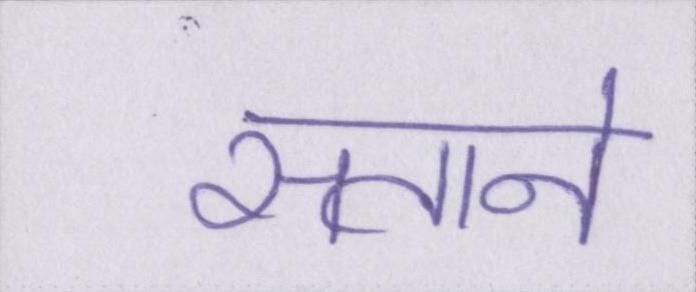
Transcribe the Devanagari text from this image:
सताने